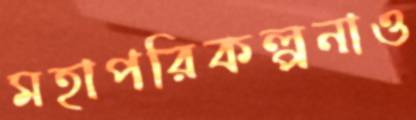
মহাপরিকল্পনাও